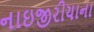
નાઇજીરીયાના